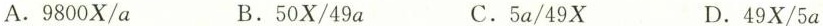
A.9800X/a B.50X/49a C.5a/49X D.49X/5a